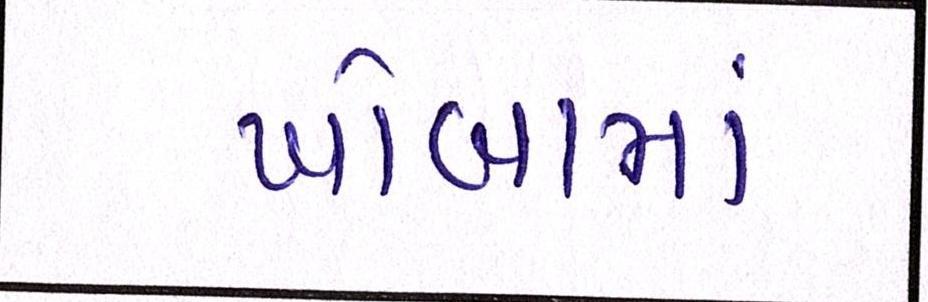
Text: ખોબામાં